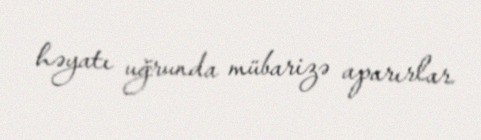
həyatı uğrunda mübarizə aparırlar.